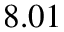
8 . 0 1